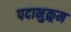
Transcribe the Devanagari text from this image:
पदानुक्र्रम